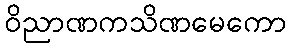
ဝိညာဏကသိဏမေကော